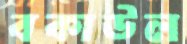
বকাউল